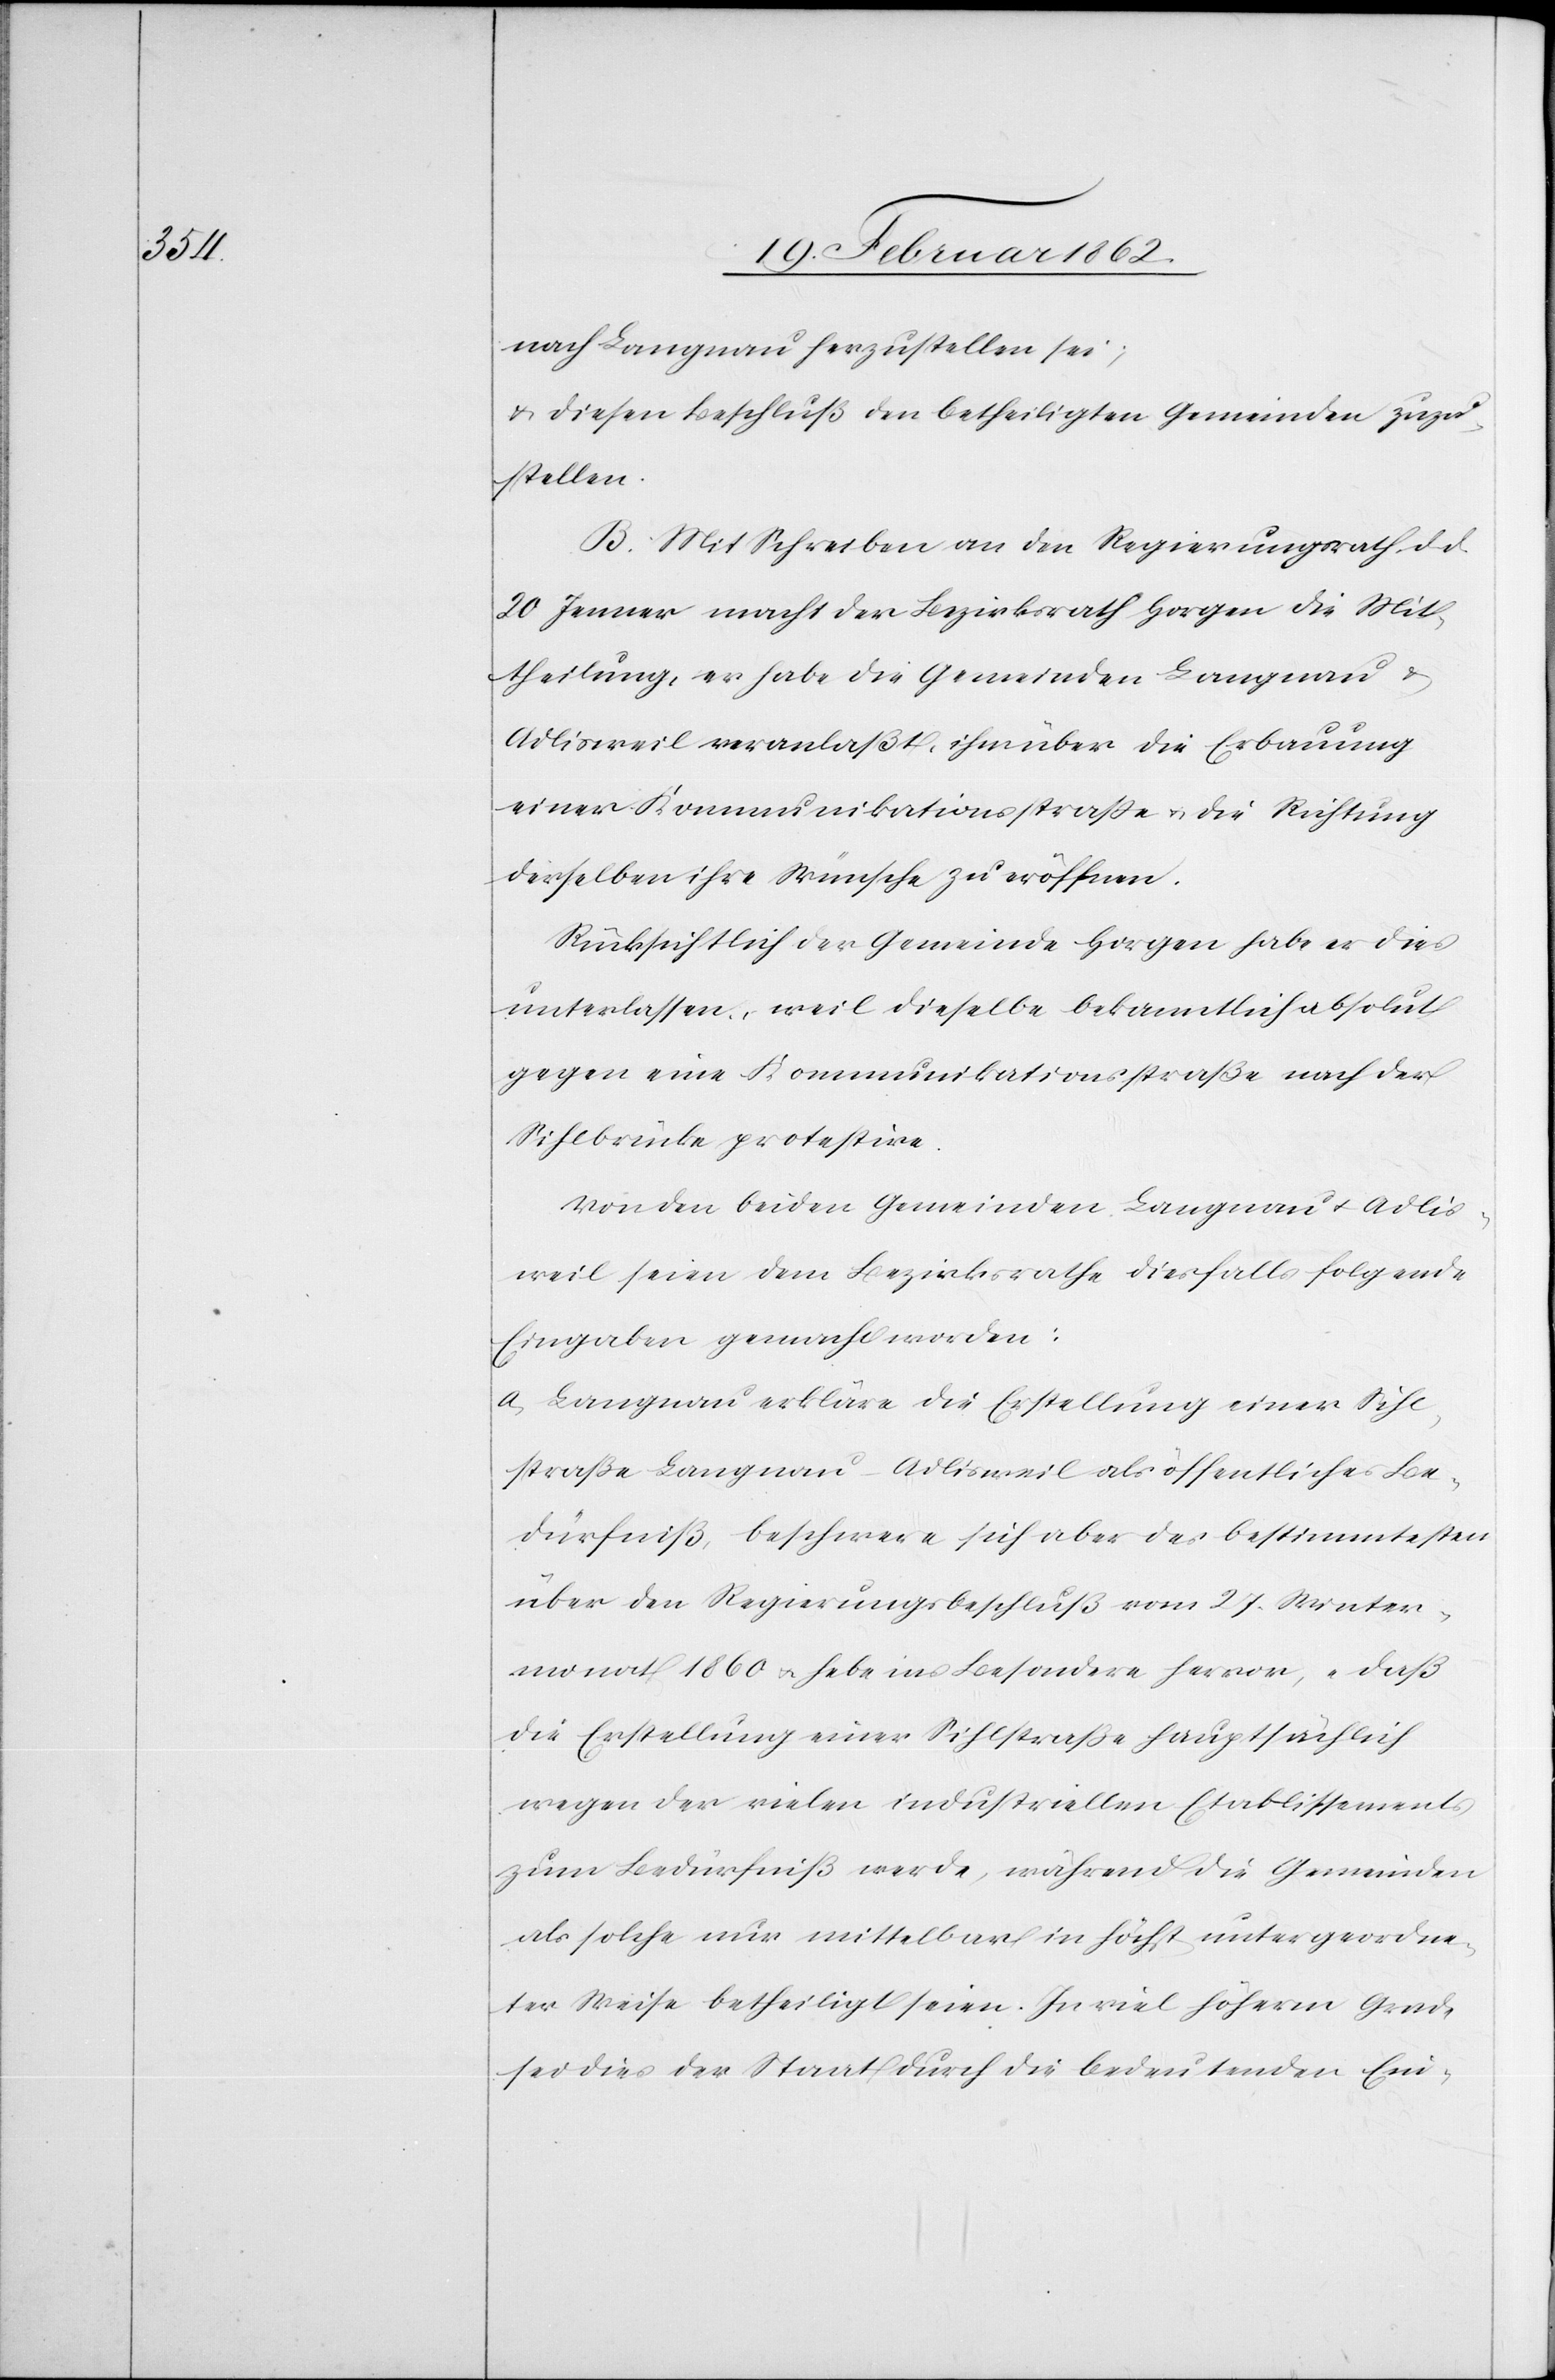
nach Langnau herzustellen sei;
u. diesen Beschluß den betheiligten Gemeinden zuzu¬
stellen.
B. Mit Schreiben an den Regierungsrath d. d.
20 Jenner macht der Bezirksrath Horgen die Mit¬
theilung, er habe die Gemeinden Langnau
Adlisweil veranlaßt, ihm über die Erbauung
einer Kommunikationsstraße u. die Richtung
derselben ihre Wünsche zu eröffnen.
Rücksichtlich der Gemeinde Horgen habe er dies
unterlassen, weil dieselbe bekanntlich absolut
gegen eine Kommunikationsstraße nach der
Sihlbrücke protestire.
Von den beiden Gemeinden Langnau u. Adlis¬
weil seien dem Bezirksrathe diesfalls folgende
Eingaben gemacht worden:
a) Langnau erkläre die Erstellung einer Sihl¬
straße Langnau–Adlisweil als öffentliches Be¬
dürfniß, beschwere sich aber des bestimmtesten
über den Regierungsbeschluß vom 27. Winter¬
monat 1860 u. hebe ins Besondere hervor, „daß
die Erstellung einer Sihlstraße hauptsächlich
wegen der vielen industriellen Etablissements
zum Bedürfniß werde, während die Gemeinden
als solche nur mittelbar in höchst untergeordne¬
ter Weise betheiligt seien. In viel höherm Grade
sei dies der Staat durch die bedeutenden Ein-